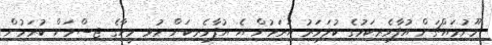
މޫނުމައްޗަށް އުފާވެރިކަމުގެ ކުލަވަރު އަރަމުން އެ އުފާވެރިކަން މުޅި މީހާގެ ޖިސްމަށް ކުރަމުން